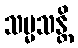
သမ္မသန္တိ